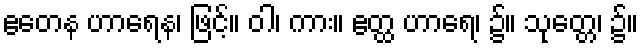
ဧတေန ဟာရေန၊ ဖြင့်။ ဝါ၊ ကား။ ဧတ္ထ ဟာရေ၊ ၌။ သုတ္တေ၊ ၌။